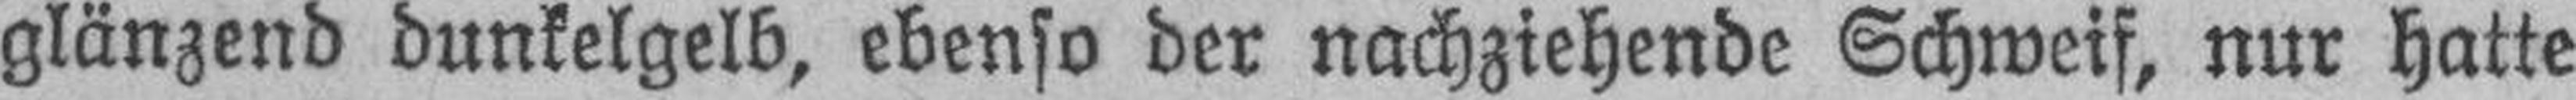
glänzend dunkelgelb, ebenso der nachziehende Schweif, nur hatte